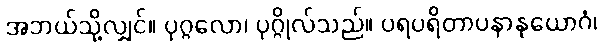
အဘယ်သို့လျှင်။ ပုဂ္ဂလော၊ ပုဂ္ဂိုလ်သည်။ ပရပရိတာပနာနုယောဂံ၊